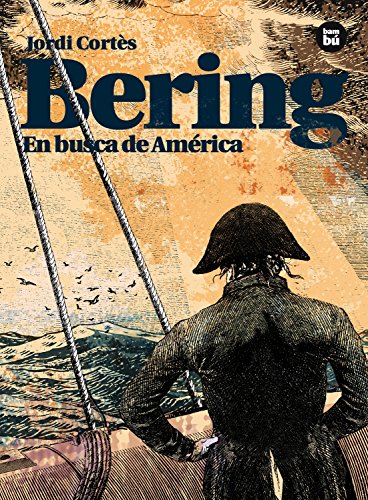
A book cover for Bering: En busca de America (Descubridores exploradores) (Spanish Edition); Jordi Cortes; Teen & Young Adult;